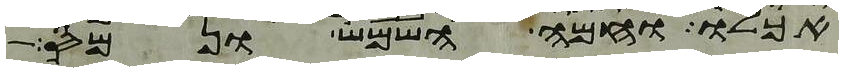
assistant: אכלו וחמה השמש ונמס